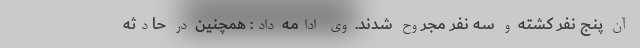
آن پنج نفر کشته و سه نفر مجروح شدند. وی ادامه داد: همچنین در حادثه